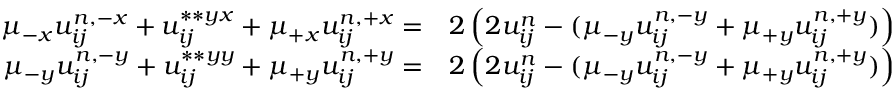
\begin{array} { r l } { \mu _ { - x } u _ { i j } ^ { n , - x } + u _ { i j } ^ { \ast \ast { y x } } + \mu _ { + x } u _ { i j } ^ { n , + x } = } & { 2 \left( 2 u _ { i j } ^ { n } - ( \mu _ { - y } u _ { i j } ^ { n , - y } + \mu _ { + y } u _ { i j } ^ { n , + y } ) \right) } \\ { \mu _ { - y } u _ { i j } ^ { n , - y } + u _ { i j } ^ { \ast \ast { y y } } + \mu _ { + y } u _ { i j } ^ { n , + y } = } & { 2 \left( 2 u _ { i j } ^ { n } - ( \mu _ { - y } u _ { i j } ^ { n , - y } + \mu _ { + y } u _ { i j } ^ { n , + y } ) \right) } \end{array}